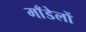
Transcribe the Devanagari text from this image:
माँडेलों